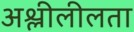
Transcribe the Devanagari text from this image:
अश्लीलीलता